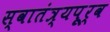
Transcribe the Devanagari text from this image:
स्वातंत्र्यपूूर्व